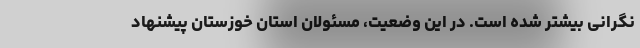
نگرانی بیشتر شده است. در این وضعیت، مسئولان استان خوزستان پیشنهاد